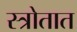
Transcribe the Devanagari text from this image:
स्त्रोतात